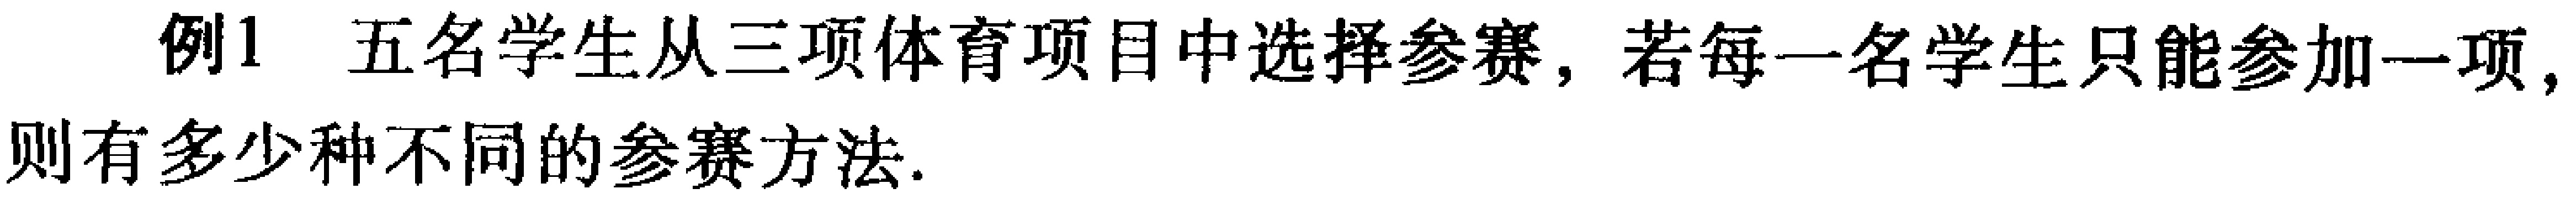
例1 五名学生从三项体育项目中选择参赛，若每一名学生只能参加一项，则有多少种不同的参赛方法.